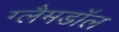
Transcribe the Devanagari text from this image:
ग्लैमडॉल